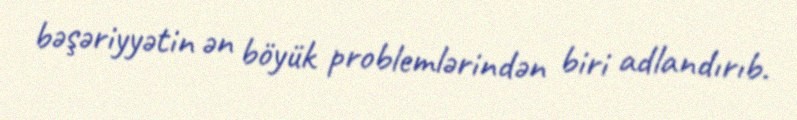
bəşəriyyətin ən böyük problemlərindən biri adlandırıb.